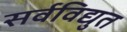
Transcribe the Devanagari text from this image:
सर्वविद्युत